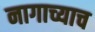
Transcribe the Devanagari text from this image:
नागाच्याच